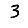
Digit: 3